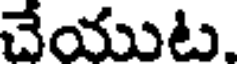
చేయుట.